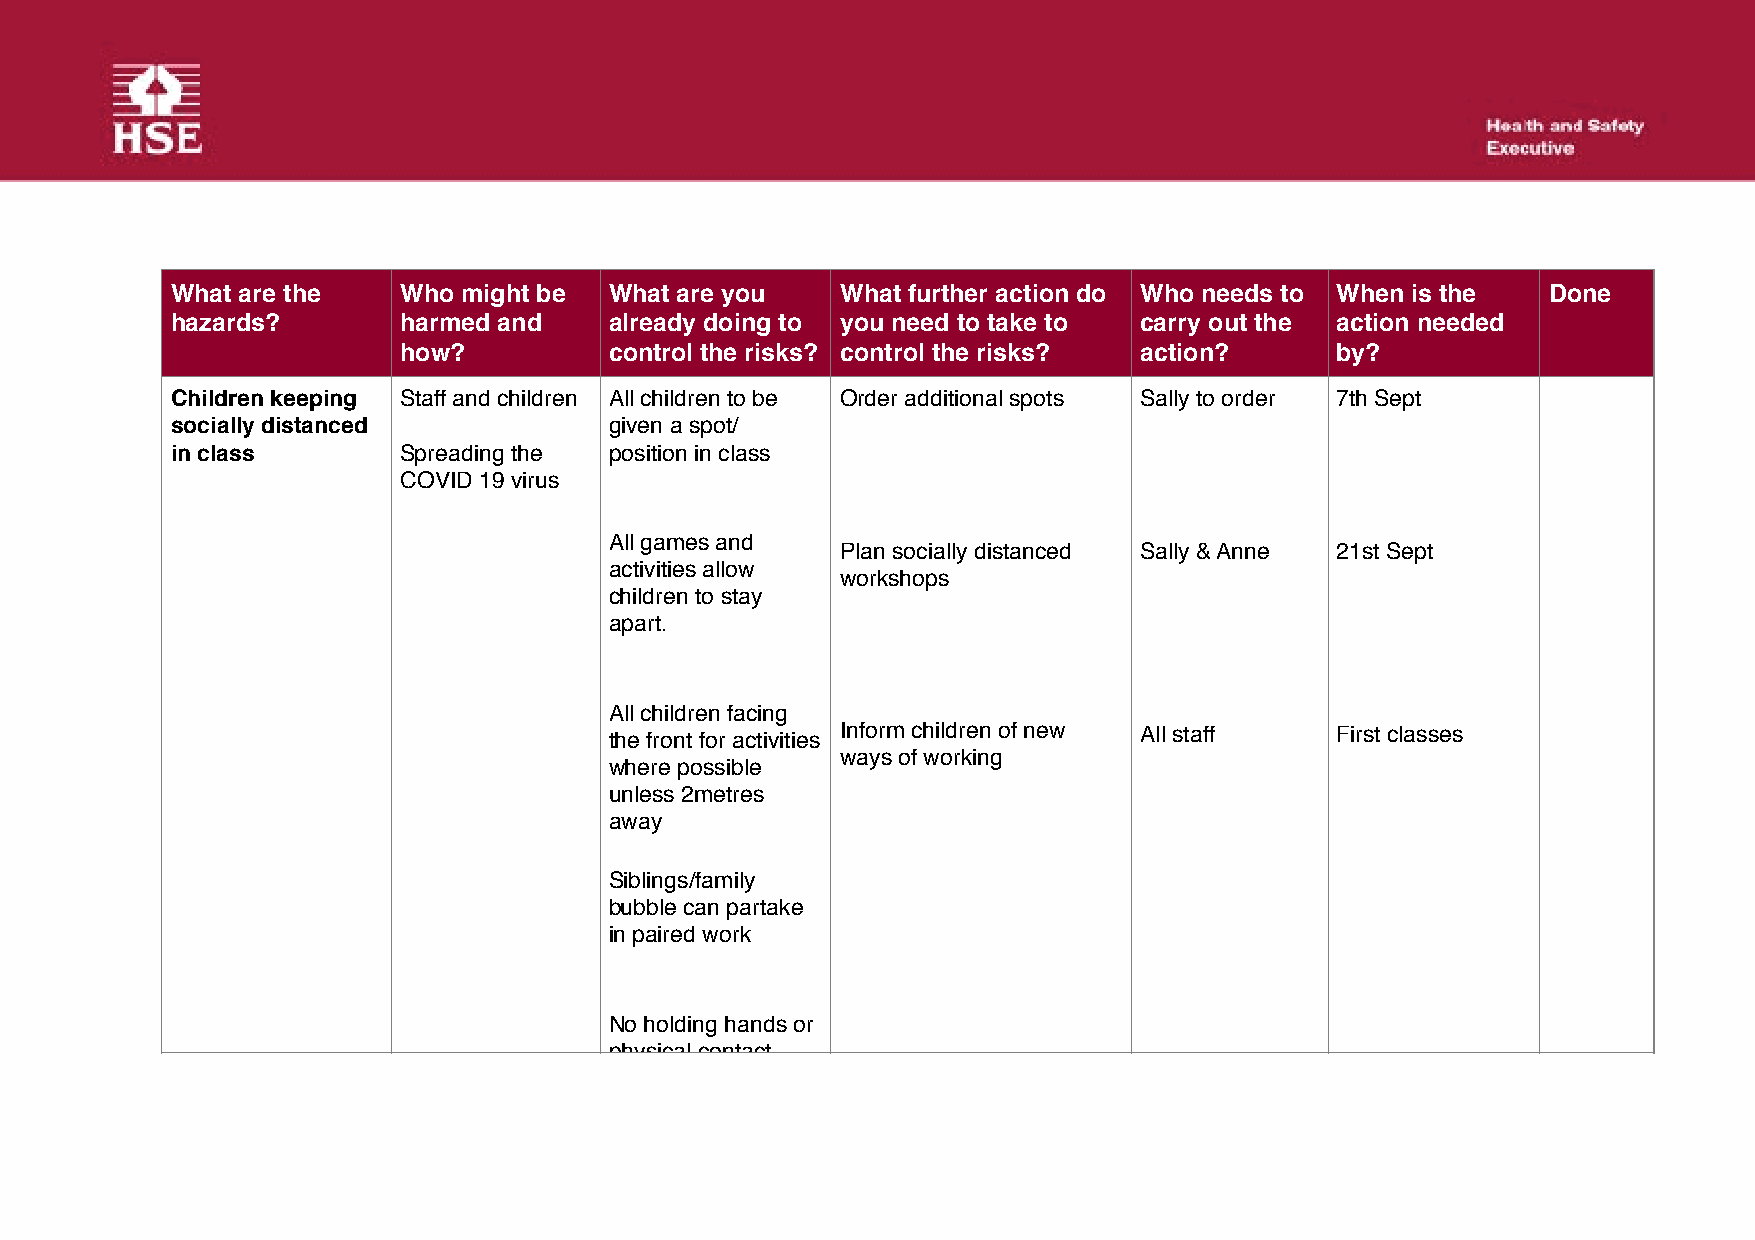
What are the   Who  might be What are you    What further action do Who needs to When is the Done
 hazards?       harmed and    already doing to you need to take to carry out the action needed
 how?          control the risks? control the risks? action?   by?
 Children keeping Staff and children All children to be Order additional spots Sally to order 7th Sept
 socially distanced           given a spot/
 in class       Spreading the position in class
 COVID 19 virus
 All games and
 Plan socially distanced Sally & Anne 21st Sept
 activities allow
 workshops
 children to stay
 apart.
 All children facing
 the front for activities Inform children of new All staff First classes
 ways of working
 where possible
 unless 2metres
 away
 Siblings/family
 bubble can partake
 in paired work
 No holding hands or
 physical contact.